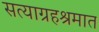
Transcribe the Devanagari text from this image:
सत्याग्रहश्रमात